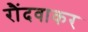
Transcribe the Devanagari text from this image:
रौंदवाकर